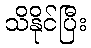
သိနိုင်ပြီး